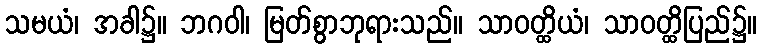
သမယံ၊ အခါ၌။ ဘဂဝါ၊ မြတ်စွာဘုရားသည်။ သာဝတ္ထိယံ၊ သာဝတ္ထိပြည်၌။